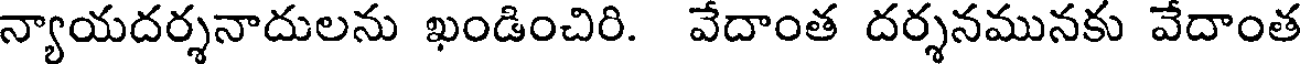
న్యాయదర్శనాదులను ఖండించిరి. వేదాంత దర్శనమునకు వేదాంత